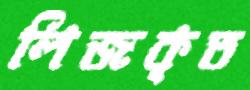
লিজকৃত